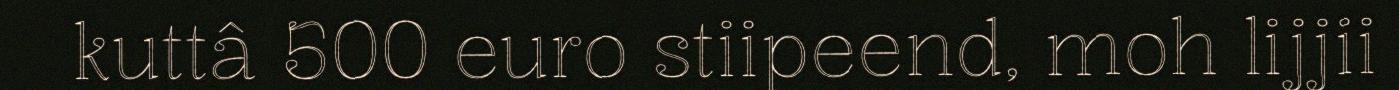
kuttâ 500 euro stiipeend, moh lijjii